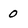
Character: 0